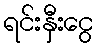
ရင်းနှီးငွေ